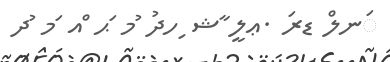
ަނލް ޑރަ .ޢލީ ާޝ ިހދު ުމ ަޙ ްއ ަމ ުދ